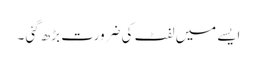
ایسے میں لفٹ کی ضرورت بڑھ گئی ۔